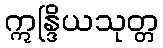
ဣန္ဒြိယသုတ္တ